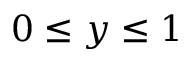
0 \leq y \leq 1